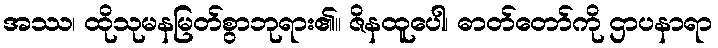
အဿ၊ ထိုသုမနမြတ်စွာဘုရား၏။ ဇိနထူပေါ၊ ဓာတ်တော်ကို ဌာပနာရာ